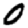
Digit: 0